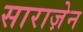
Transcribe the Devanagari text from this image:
साराज़ेन